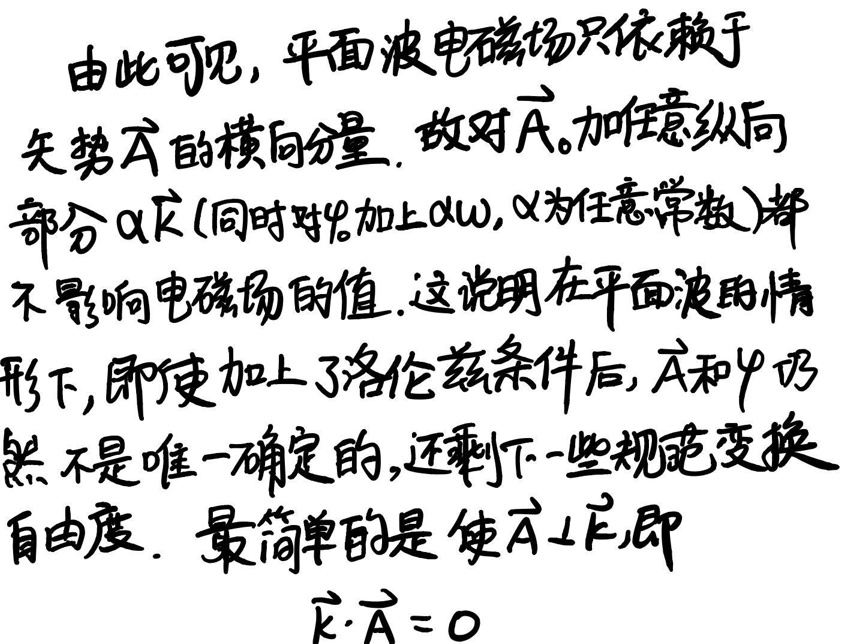
由此可见，平面电磁波磁场只依赖于矢势\(\vec{A}\)的横向分量，故对\(\vec{A}\)加上任意纵向部分\(\alpha\vec{k}\)（同时对\(\varphi\)加上\(\alpha\omega\)，\(\alpha\)为任意常数）都不影响电磁场的值。这说明在平面波的情形下，即使加上了洛伦兹条件后，\(\vec{A}\)和\(\varphi\)仍然不是唯一确定的，还剩下一些规范变换自由度。最简单的是使\(\vec{A}\perp\vec{k}\)，即

\(\vec{k}\cdot\vec{A} = 0\)